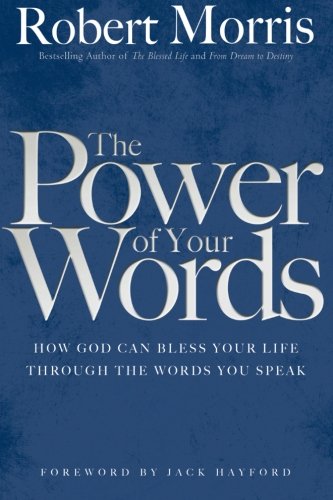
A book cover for The Power of Your Words; Robert Morris; Christian Books & Bibles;